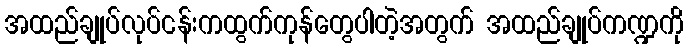
အထည်ချုပ်လုပ်ငန်းကထွက်ကုန်တွေပါတဲ့အတွက် အထည်ချုပ်ကဏ္ဍကို